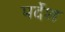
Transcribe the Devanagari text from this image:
पर्देश